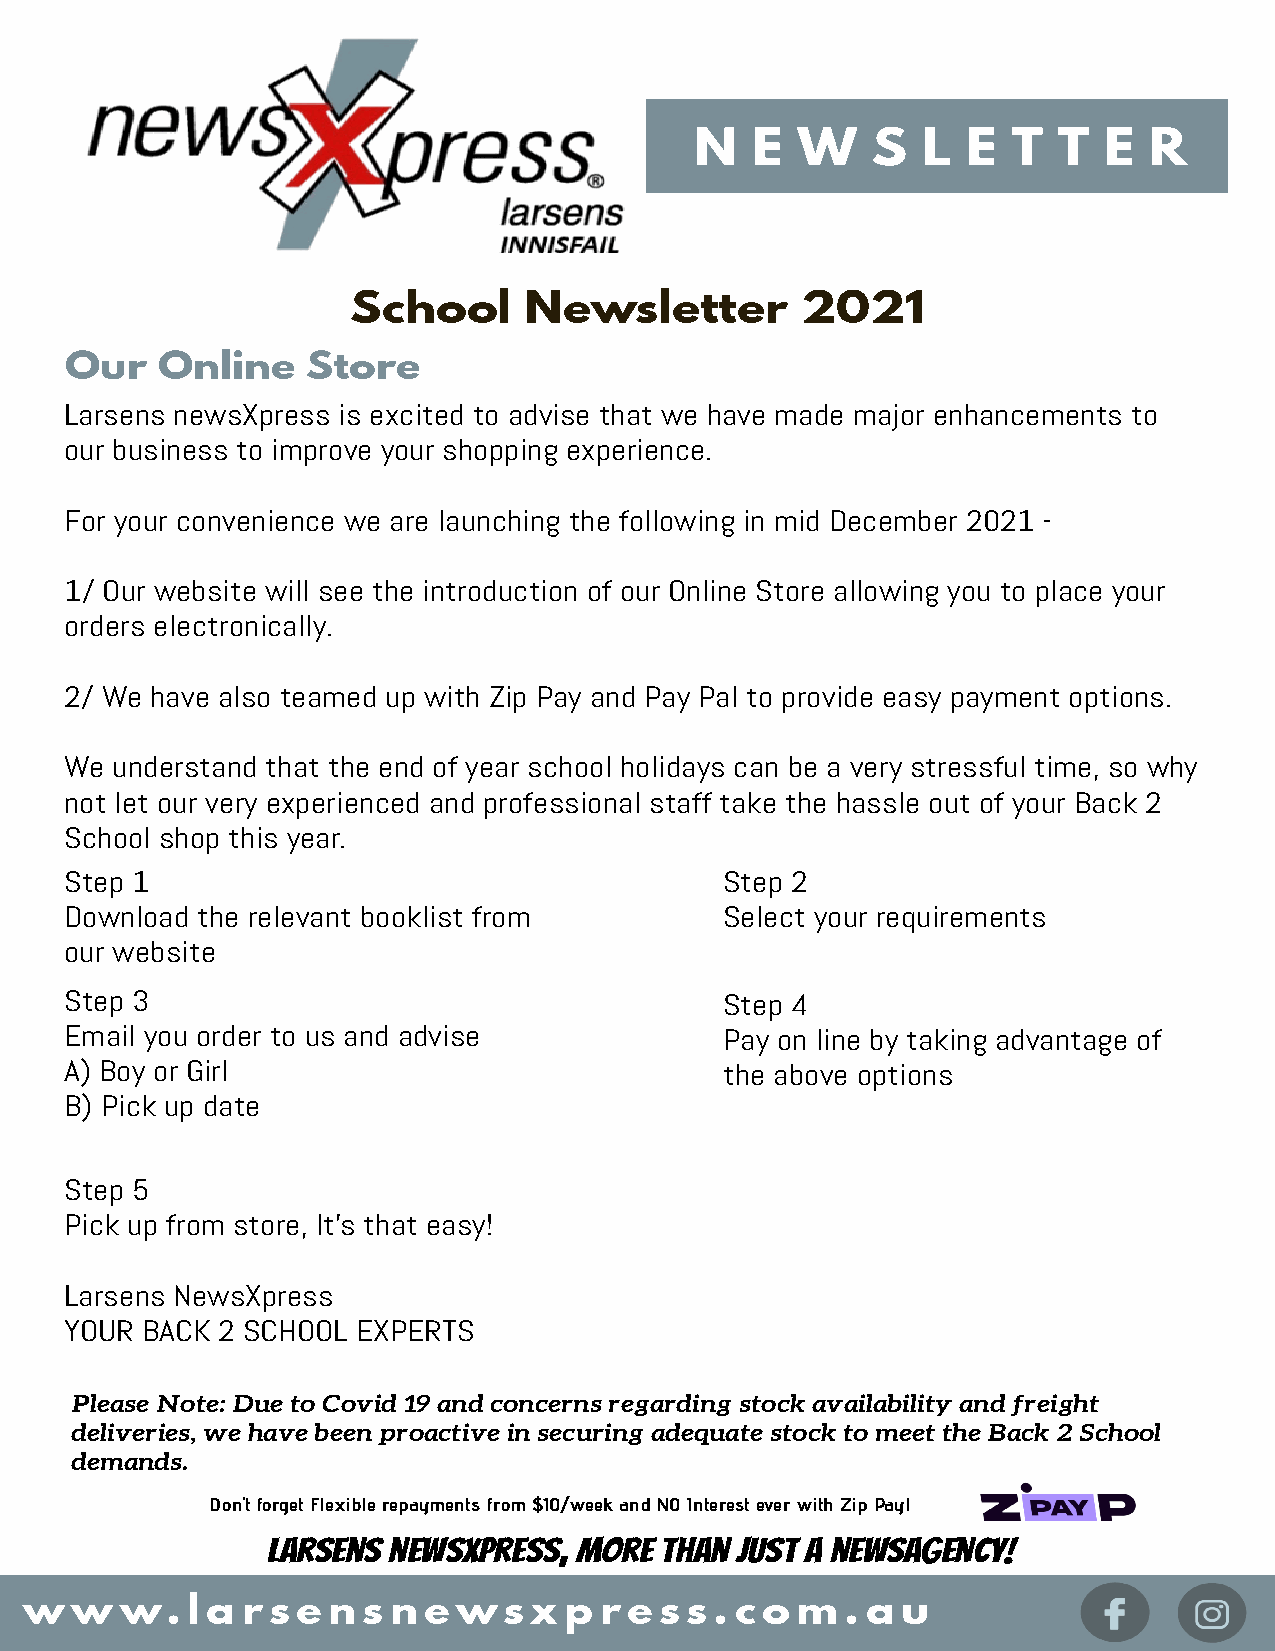
N   E  W    S  L  E  T  T  E  R
 School      Newsletter        2021
 Our   Online    Store
 Larsens newsXpress is excited to advise that we have made major enhancements to
 our business to improve your shopping experience.
 For your convenience we are launching the following in mid December 2021 -
 1/ Our website will see the introduction of our Online Store allowing you to place your
 orders electronically.
 2/ We have also teamed up with Zip Pay and Pay Pal to provide easy payment options.
 We understand that the end of year school holidays can be a very stressful time, so why
 not let our very experienced and professional staff take the hassle out of your Back 2
 School shop this year.
 Step 1                                      Step 2
 Download the relevant booklist from         Select your requirements
 our website
 Step 3                                      Step 4
 Email you order to us and advise            Pay on line by taking advantage of
 A) Boy or Girl                              the above options
 B) Pick up date
 Step 5
 Pick up from store, It's that easy!
 Larsens NewsXpress
 YOUR BACK 2 SCHOOL  EXPERTS
 Please Note: Due to Covid 19 and concerns regarding stock availability and freight
 deliveries, we have been proactive in securing adequate stock to meet the Back 2 School
 demands.
 Don't forget Flexible repayments from $10/week and NO Interest ever with Zip Pay!
 Larsens newsXpress, more  than just a newsagency!
 w  w  w.  l a rs  e ns  n ews    x p  res  s . c o m  . a u